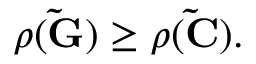
\begin{array} { r } { \rho ( \mathbf { \tilde { G } } ) \geq \rho ( \mathbf { \tilde { C } } ) . } \end{array}